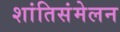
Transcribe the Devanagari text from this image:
शांतिसंमेलन